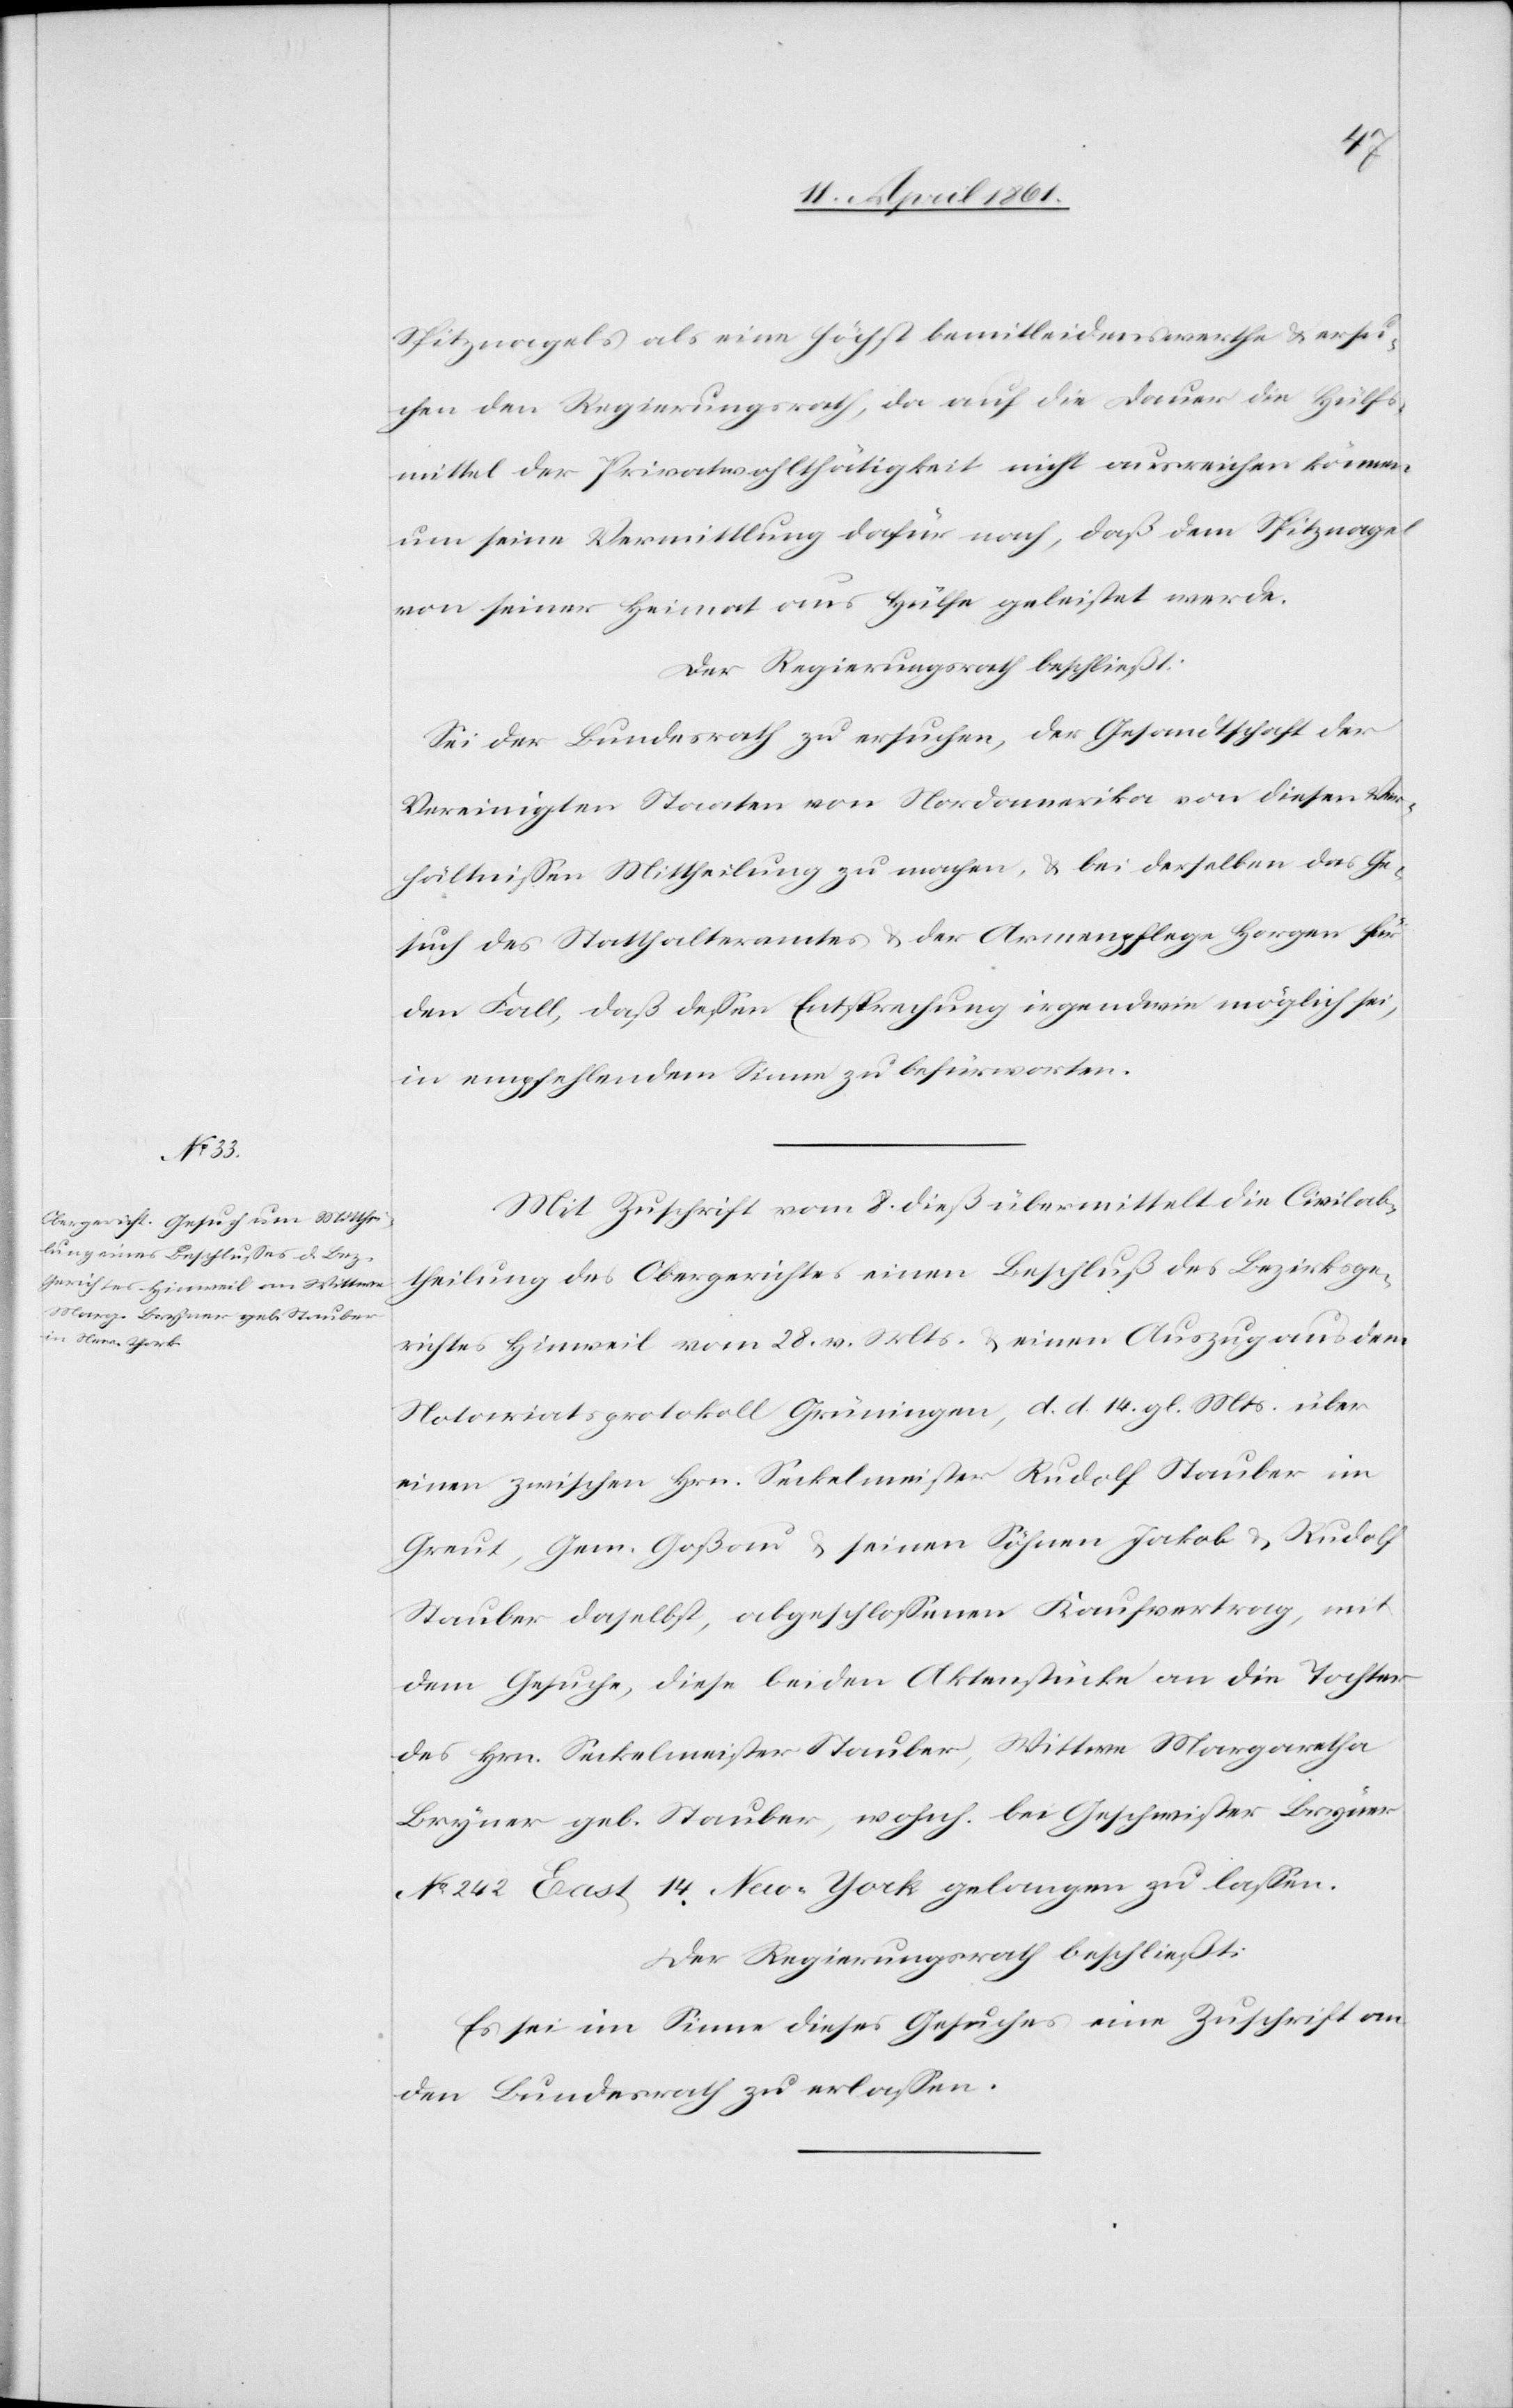
Spitznagels als eine höchst bemitleidenswerthe u. ersu¬
chen den Regierungsrath, da auf die Dauer die Hülfs¬
mittel der Privatwohlthätigkeit nicht ausreichen könne,
um seine Vermittlung dafür nach, daß dem Spitznagel
von seiner Heimat aus Hülfe geleistet werde.
Der Regierungsrath beschließt:
Sei der Bundesrath zu ersuchen, der Gesandtschaft der
Vereinigten Staaten von Nordamerika von diesen Ver¬
hältnissen Mittheilung zu machen, u. bei derselben das Ge¬
such des Statthalteramtes u. der Armenpflege Horgen für
den Fall, daß dafür Entsprechung irgendwie möglich sei,
in empfehlendem Sinne zu befürworten.
Mit Zuschrift vom 8. dieß übermittelt die Civilab¬
theilung des Obergerichtes einen Beschluß des Bezirksge¬
richtes Hinweil vom 28. v. Mts. u. einen Auszug aus dem
Notariatsprotokoll Grüningen, d. d. 14. gl. Mts. über
einen zwischen Hrn. Seckelmeister Rudolf Stauber im
Greut, Gem. Goßau u. seinen Söhnen Jakob u. Rudolf
Stauber daselbst, abgeschlossenen Kaufvertrag mit
dem Gesuche, diese beiden Aktenstücke an die Tochter
des Hrn. Seckelmeister Stauber, Wittwe Margaretha
Bryner geb. Stauber, wohnh. bei Geschwister Bryner
No 242 East 144 New-York gelangen zu lassen.
Der Regierungsrath beschließt:
Es sei im Sinne dieses Gesuches eine Zuschrift an
den Bundesrath zu erlassen.